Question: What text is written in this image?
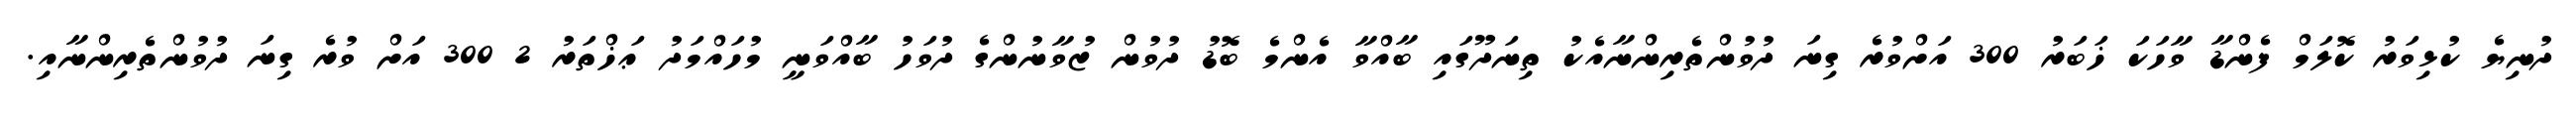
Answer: ދުނިޔެ ކުޅިވަރު ކޮލަމް ފެންޑާ ވާހަކަ ޚަބަރު 300 އަށްވުރެ ގިނަ ދުވުންތެރިންނާއެކު ތިނަދޫގައި ބާއްވާ އެންމެ ބޮޑު ދުވުން ޒުވާނުންގެ ދުވަހު ބާއްވަނީ މުހައްމަދު ޢަޚްތަރު 2 300 އަށް ވުރެ ގިނަ ދުވުންތެރިންނާއި.